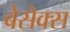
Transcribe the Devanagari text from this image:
बेसेक्स